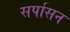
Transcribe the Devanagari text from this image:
सर्पासन